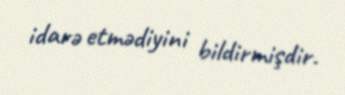
idarə etmədiyini bildirmişdir.